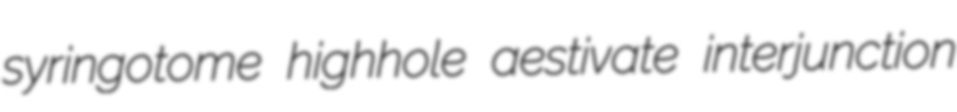
syringotome highhole aestivate interjunction